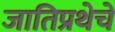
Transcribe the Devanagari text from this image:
जातिप्रथेचे